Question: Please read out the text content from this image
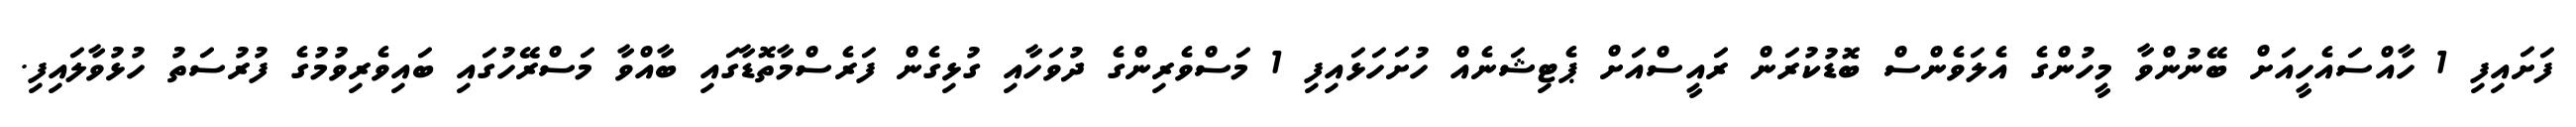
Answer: ފަށައިފި 1 ހާއްސައެހީއަށް ބޭނުންވާ މީހުންގެ އެލަވެންސް ބޮޑުކުރަން ރައީސްއަށް ޕެޓިޝަނެއް ހުށަހަޅައިފި 1 މަސްވެރިންގެ ދުވަހާއި ގުޅިގެން ފަރެސްމާތޮޑާގައި ބާއްވާ މަސްރޭހުގައި ބައިވެރިވުމުގެ ފުރުސަތު ހުޅުވާލައިފި.